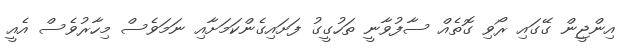
އިންޖީން ގޭގައި ރޯވި ގޮތެއް ސާފުވާނީ ތަހުގީގު ފަށައިގެންކަމަށާއި ނަމަވެސް މިހާރުވެސް އެއީ